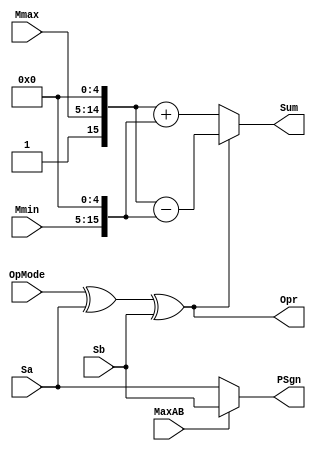
`define SIMULATION_MEMORY
//`define SIMULATION_addfp
`define VECTOR_DEPTH 64 //Q,K,V vector size
`define DATA_WIDTH 16
`define VECTOR_BITS 1024 // 16 bit each (16x64)
`define NUM_WORDS 32   //num of words in the sentence
`define BUF_AWIDTH 4 //16 entries in each buffer ram
`define BUF_LOC_SIZE 4 //4 words in each addr location
`define OUT_RAM_DEPTH 512 //512 entries in output bram
`define EXPONENT 8
`define MANTISSA 7
`define EXPONENT 5
`define MANTISSA 10
`define SIGN 1
`define DWIDTH (`SIGN+`EXPONENT+`MANTISSA)
`define DEFINES_DONE
`define DATAWIDTH (`SIGN+`EXPONENT+`MANTISSA)
`define IEEE_COMPLIANCE 1
`define NUM 4
`define ADDRSIZE 4

module FPAddSub_ExecutionModule(
		Mmax,
		Mmin,
		Sa,
		Sb,
		MaxAB,
		OpMode,
		Sum,
		PSgn,
		Opr
    );

	// Input ports
	input [`MANTISSA-1:0] Mmax ;					// The larger mantissa
	input [`MANTISSA:0] Mmin ;					// The smaller mantissa
	input Sa ;								// Sign bit of larger number
	input Sb ;								// Sign bit of smaller number
	input MaxAB ;							// Indicates the larger number (0/A, 1/B)
	input OpMode ;							// Operation to be performed (0/Add, 1/Sub)
	
	// Output ports
	output [`DWIDTH:0] Sum ;					// The result of the operation
	output PSgn ;							// The sign for the result
	output Opr ;							// The effective (performed) operation

	wire [`EXPONENT-1:0]temp_1;

	assign Opr = (OpMode^Sa^Sb); 		// Resolve sign to determine operation
	assign temp_1 = 0;
	// Perform effective operation
//SAMIDH_UNSURE 5--> 8

	assign Sum = (OpMode^Sa^Sb) ? ({1'b1, Mmax, temp_1} - {Mmin, temp_1}) : ({1'b1, Mmax, temp_1} + {Mmin, temp_1}) ;
	
	// Assign result sign
	assign PSgn = (MaxAB ? Sb : Sa) ;

endmodule